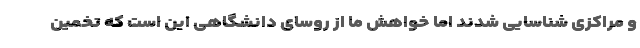
و مراکزی شناسایی شدند اما خواهش ما از روسای دانشگاهی این است که تخمین